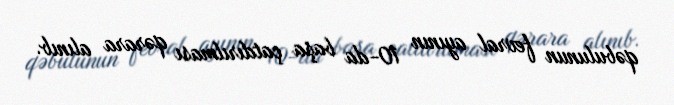
qəbulunun fevral ayının 10-da başa çatdırılması qərara alınıb.